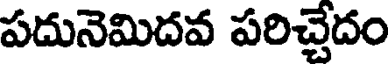
పదునెమిదవ పరిచ్చేదం